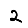
Digit: 2